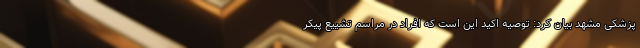
پزشکی مشهد بیان کرد: توصیه اکید این است که افراد در مراسم تشییع پیکر